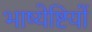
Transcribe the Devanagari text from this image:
भाष्येष्टियों